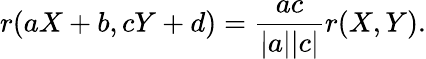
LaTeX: r(aX+b,cY+d)=\frac{ac}{|a||c|}r(X,Y).